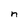
Character: n